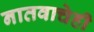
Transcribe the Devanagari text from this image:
नातवाचेही